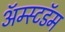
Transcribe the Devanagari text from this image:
अॅम्स्टडॅम